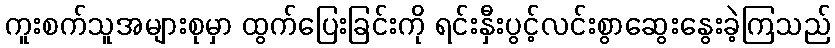
ကူးစက်သူအများစုမှာ ထွက်ပြေးခြင်းကို ရင်းနှီးပွင့်လင်းစွာဆွေးနွေးခဲ့ကြသည်